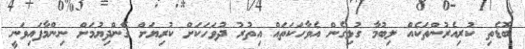
ބޮޑެތި ކުރިއެރުންތަކެއް ލިބުމާ ގުޅިގެން އެވާހަކަތައް އިތުރު ދުވަހަކަށް ކުރިޔަށް ގެންދިޔުމަށް ނިންމާފައިވަނީ